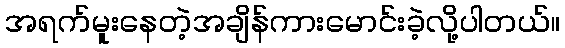
အရက်မူးနေတဲ့အချိန်ကားမောင်းခဲ့လို့ပါတယ်။